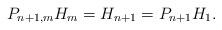
LaTeX: \begin{align*}P_{n+1,m}H_m= H_{n+1}=P_{n+1}H_1.\end{align*}